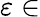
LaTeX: \varepsilon\in